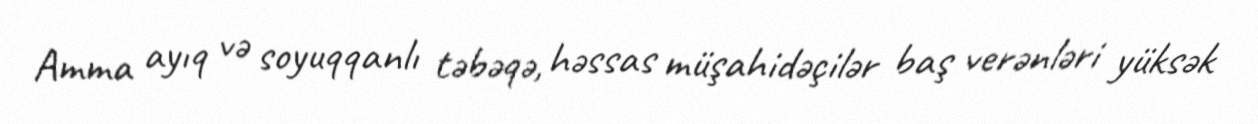
Amma ayıq və soyuqqanlı təbəqə, həssas müşahidəçilər baş verənləri yüksək